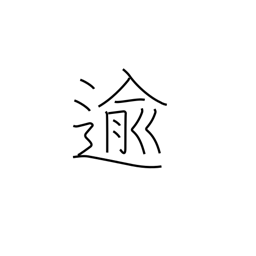
Meaning: pass